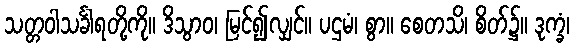
သတ္တဝါသင်္ခါရတို့ကို။ ဒိသွာဝ၊ မြင်၍လျှင်။ ပဌမံ၊ စွာ။ စေတသိ၊ စိတ်၌။ ဒုက္ခံ၊